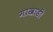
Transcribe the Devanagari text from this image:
माखाडी